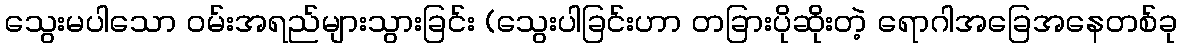
သွေးမပါသော ဝမ်းအရည်များသွားခြင်း (သွေးပါခြင်းဟာ တခြားပိုဆိုးတဲ့ ရောဂါအခြေအနေတစ်ခု